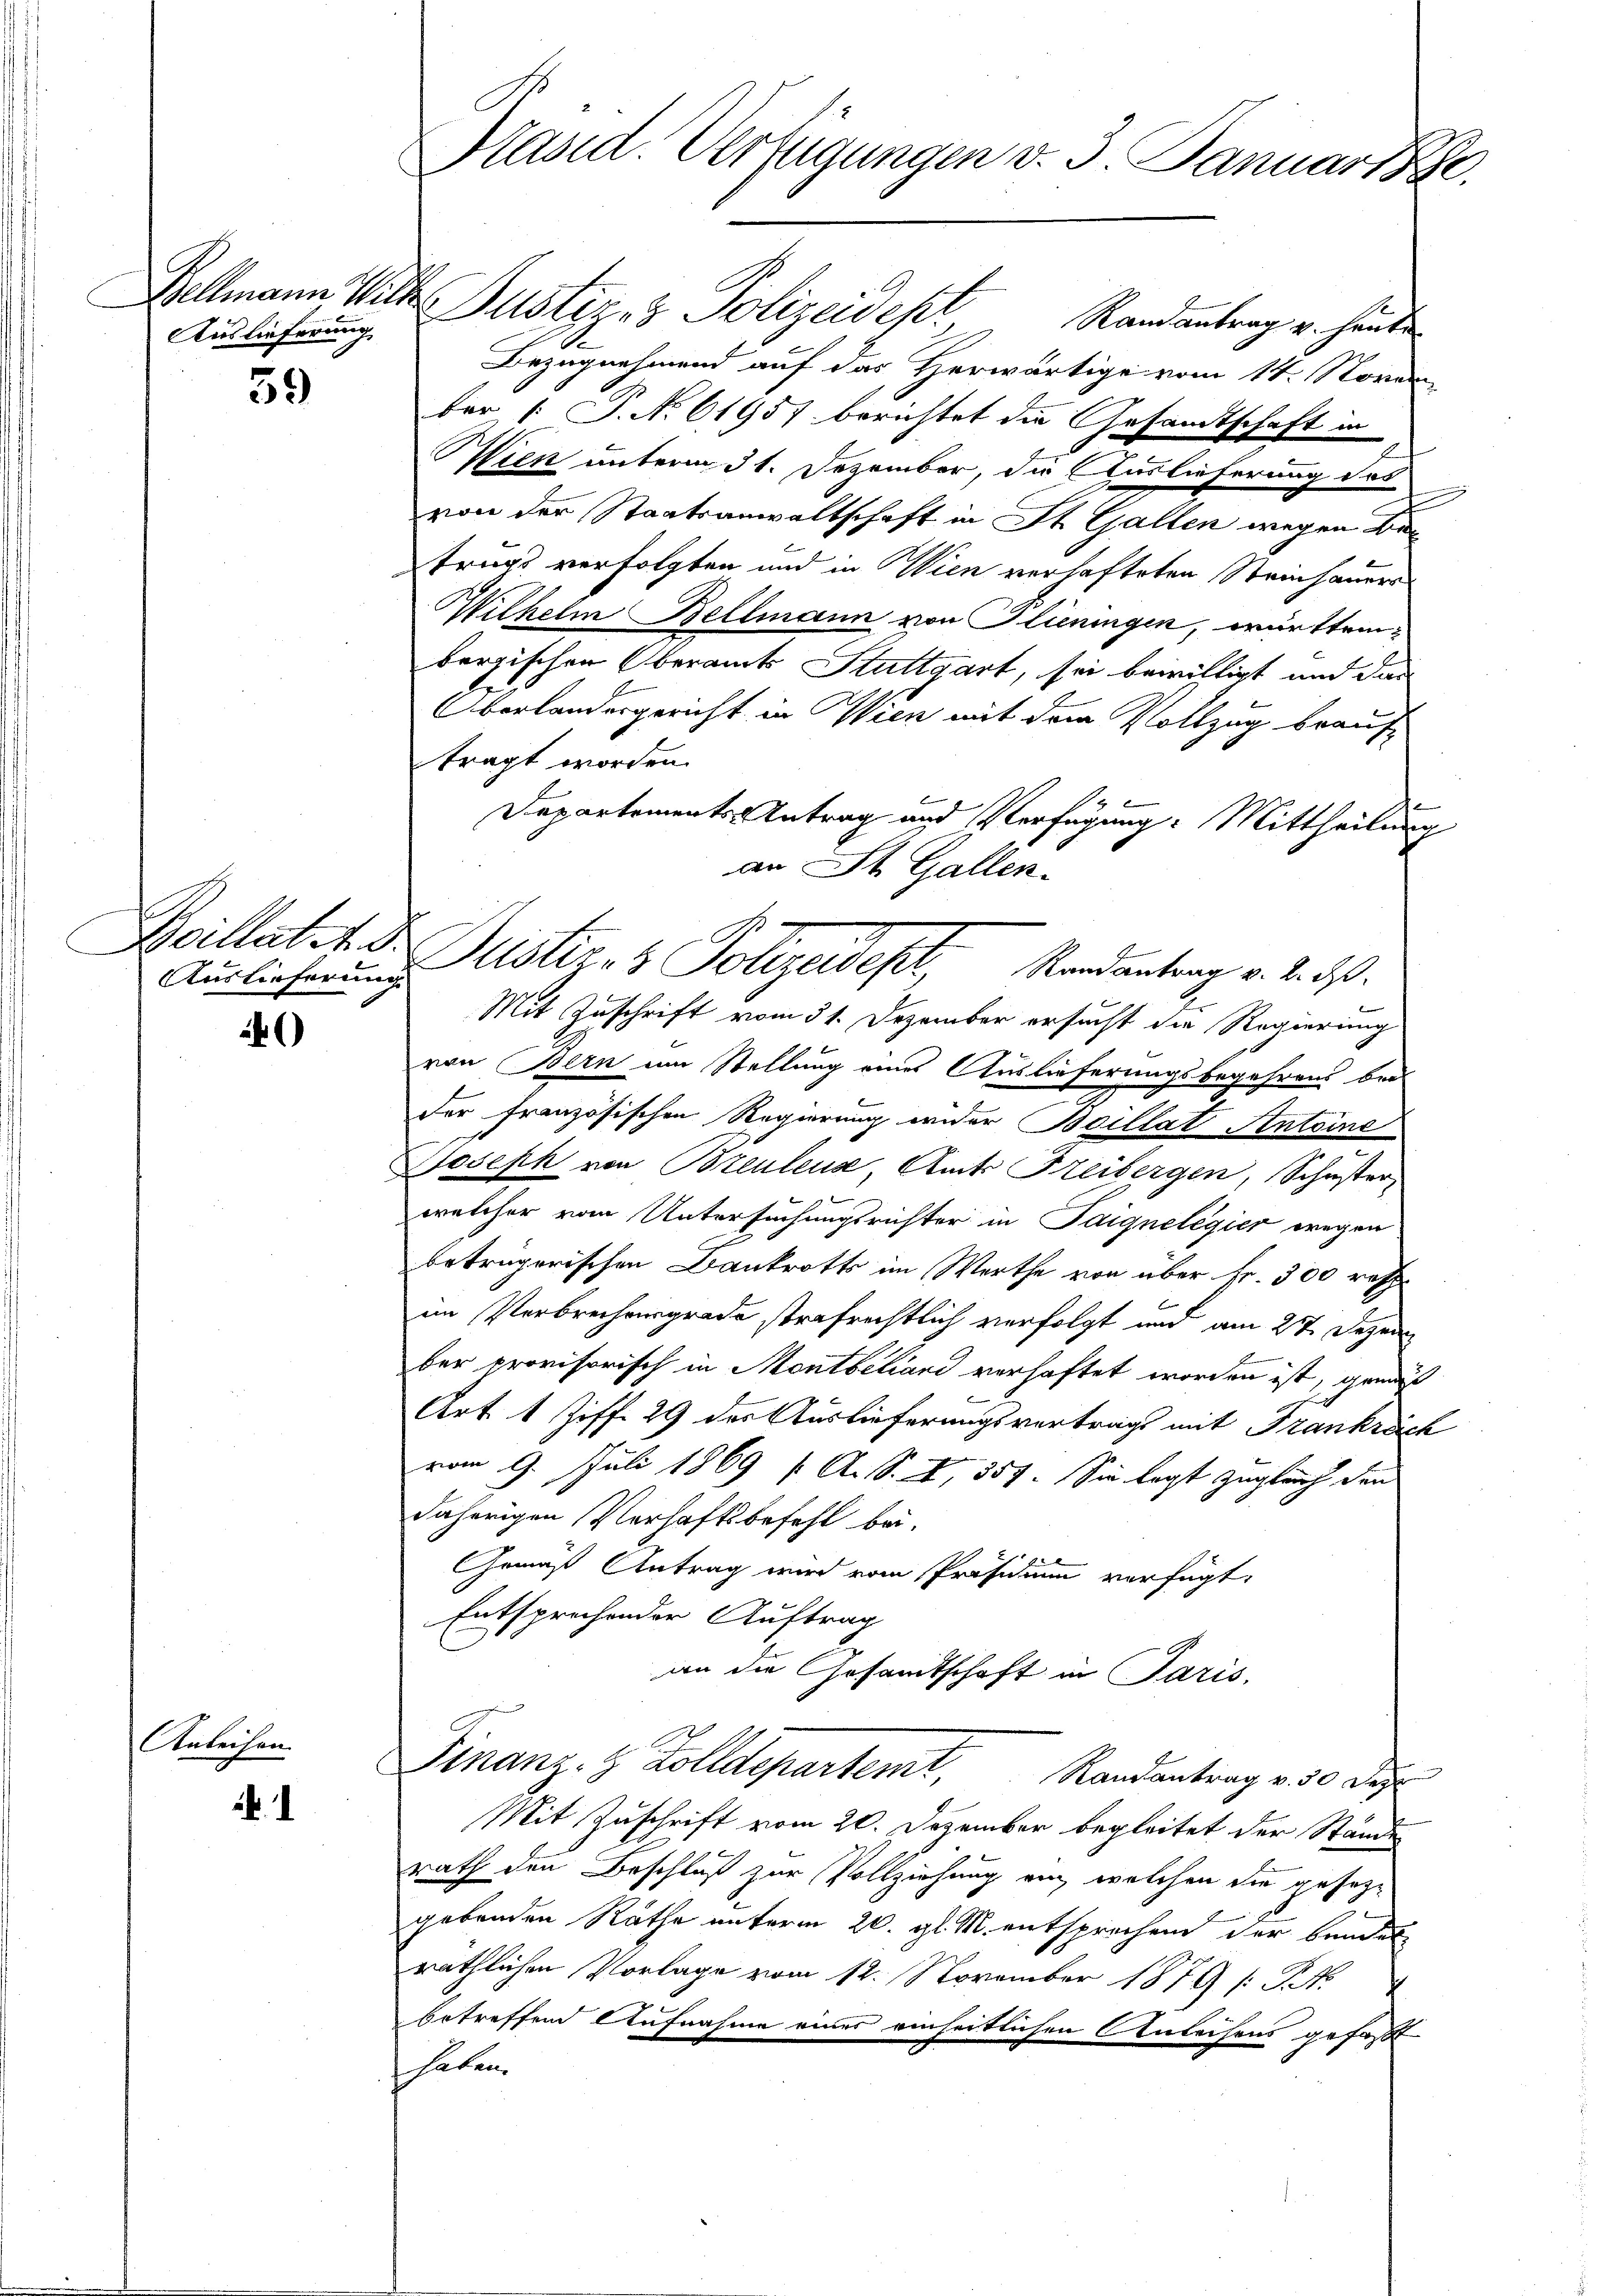
Auslieferung

Anleihen.

.

59

f
Auslieferung

)

Präsid. Verfügungen v. 3. Januar 1890.

Rand antrag u. heute
Bezugnehmend auf das Herwärtige vom 14. Novem
ber 1 S. No 61957 berichtet die Gesandtschaft in
Wien unterm 31. Dezember, die Auslieferung des
von der Staatsanwaltschaft in St. Gallen wegen Betrags verfolgten und in Wien verhafteten Steinhauers
Wilhelm Bellmann von Flieningen, württembergischen Oberamts Stuttgart, sei bewilligt und das
Oberlandergericht in Wien mit dem Vollzug beauftragt worden.
Departements Antrag und Verfügung: Mittheilung
Mit Zuschrift vom 31. Dezember ersucht die Regierung
von Bern im Stellung eines Auslieferungsbegehrens bei
der Französischen Regierung wieder Beillat Antoine
Joseph von Bozenleus, Amts Freibergen, Schuster
x
welcher vom Untersuchungsrichter in Paignelegier wegen
beträgerischen Bankrotts im Werthe von über Fr. 300 reff
im Verbrechensgrade strafrechtlich verfolgt und am 27. Dezem
ber provisorisch in Montbeland verhaftet worden ist, gemäß
Art 1 Ziff. 29 des Auslieferungsvertrags mit Frankrech
vom 9. Juli 1869 ( A. S. 4, 357. Sie legt zugleich den
daherigen Verhaftsbefehl bei.
Gemäß Antrag wird vom Präsidium verfügt,
Entsprechender Auftrag
an die Gesamtschaft in Paris.
Finanz- & Zolldepartemt, Randantrag v. 30 Dez.
Mit Zuschrift vom 20. Dezember begleitet der Stände
rath den Beschluß zur Vollziehung ein, welchen die gesezgebenden Räthe unterm 20. gl. M. entsprechend der bundes
räthlichen Vorlage vom 12. November 1879 (: St.
betreffend Aufnahme eines einheitlichen Anleihens gefaßt
haten

ellmann Witte Justiz- & Polizeideser

an St. Gallen.
Ballatet. B. Beisteres Polizeidest, Randantrag v. 2. ds.